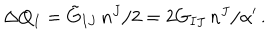
LaTeX: \Delta Q _ { I } = \tilde { G } _ { I J } \, n ^ { J } / 2 = 2 G _ { I J } \, n ^ { J } / \alpha ^ { \prime } \, .